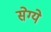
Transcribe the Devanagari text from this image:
सेग्ये